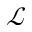
\mathcal { L }